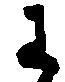
わ